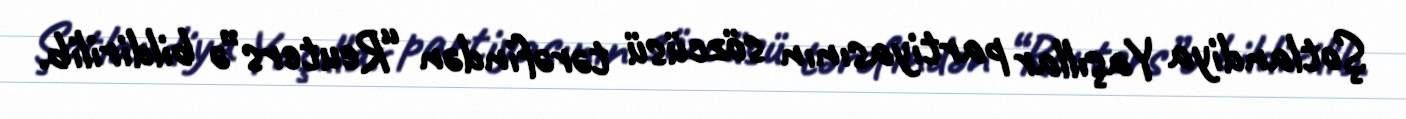
Şotlandiya Yaşıllar partiyasının sözcüsü tərəfindən “Reuters”ə bildirilib.